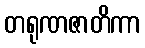
တရုဏဇာတိကာ